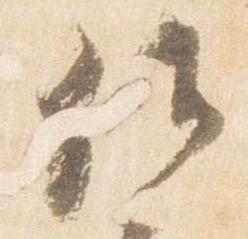
候